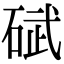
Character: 碔